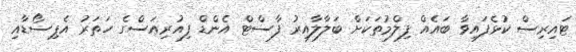
ޓައިރިސް ކުޅެފައިވާ ބައެއް ފިލްމުތަކަށް ބަލާލާއިރު ފާސްޓް އެންޑް ފިއުރިއަސްގެ ހަތަރު އެޕިސޯޑާއި